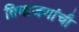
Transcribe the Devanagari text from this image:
तिघाजणांची